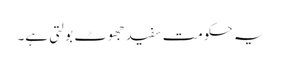
یہ حکومت سفید جھوٹ بولتی ہے۔